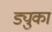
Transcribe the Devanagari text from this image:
ड्युका